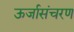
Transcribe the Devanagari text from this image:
ऊर्जासंचरण